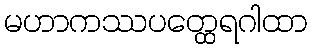
မဟာကဿပတ္ထေရဂါထာ